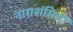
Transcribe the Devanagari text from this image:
नाराशंसियों